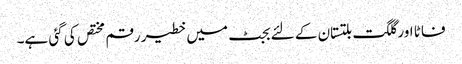
فاٹا اور گلگت بلتستان کے لئے بجٹ میں خطیر رقم مختص کی گئی ہے۔